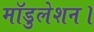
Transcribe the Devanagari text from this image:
मॉडुलेशन।